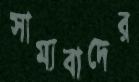
সাম্যবাদের